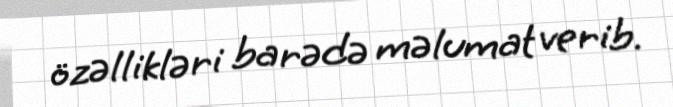
özəllikləri barədə məlumat verib.